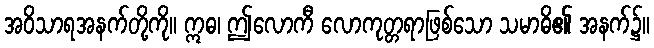
အဝိသာရအနက်တို့ကို။ ဣဓ၊ ဤလောကီ လောကုတ္တရာဖြစ်သော သမာဓိ၏ အနက်၌။